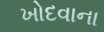
ખોદવાના